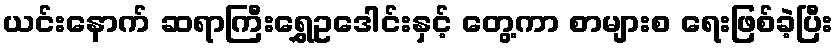
ယင်းနောက် ဆရာကြီးရွှေဥဒေါင်းနှင့် တွေ့ကာ စာများစ ရေးဖြစ်ခဲ့ပြီး